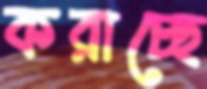
করাচ্ছে